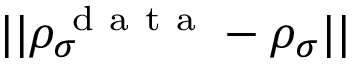
| | \rho _ { \sigma } ^ { \mathrm { ~ d ~ a ~ t ~ a ~ } } - \rho _ { \sigma } | |